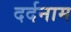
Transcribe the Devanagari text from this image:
दर्दनाम